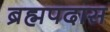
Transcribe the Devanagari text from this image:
ब्रह्मपदास